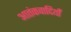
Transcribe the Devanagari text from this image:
आतंकवादियोँ